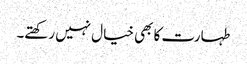
طہارت کا بھی خیال نہیں رکھتے۔